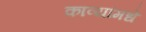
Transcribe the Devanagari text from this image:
काव्यांमधे